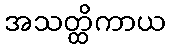
အသတ္ထိကာယ